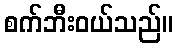
စက်ဘီးဝယ်သည်။